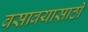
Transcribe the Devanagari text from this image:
बसावयासाठी